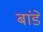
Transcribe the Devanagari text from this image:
बांडे